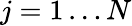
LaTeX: j=1\dots N